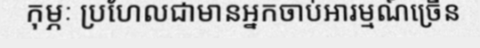
កុម្ភៈ ប្រហែលជាមានអ្នកចាប់អារម្មណ៍ច្រើន